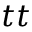
t t